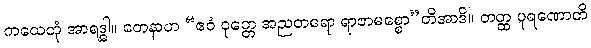
ကထေတုံ အာရဒ္ဓါ။ တေနာဟ “ဧဝံ ဝုတ္တေ အညတရော ရာဇာမစ္စော”တိအာဒိ။ တတ္ထ ပူရဏောတိ